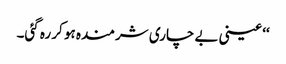
‘‘ عینی بے چاری شرمندہ ہو کر رہ گئی۔